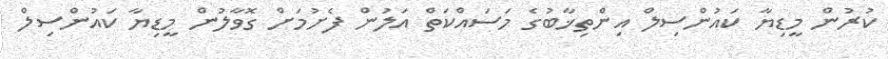
ކުރުން މީޑިޔާ ކައުންސިލް އިންތިޚާބުގެ މަސައްކަތް އަލުން ފެށުމަށް ގޮވާލުން މީޑިޔާ ކައުންސިލް